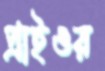
প্রাইওর